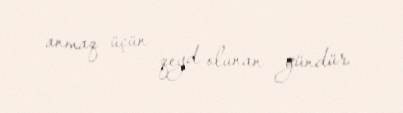
anmaq üçün qeyd olunan gündür.